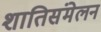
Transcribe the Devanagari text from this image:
शातिसंमेलन